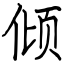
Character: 倾